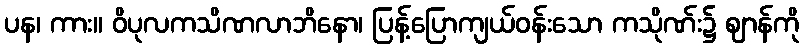
ပန၊ ကား။ ဝိပုလကသိဏလာဘိနော၊ ပြန့်ပြောကျယ်ဝန်းသော ကသိုဏ်း၌ ဈာန်ကို